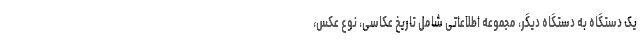
یک دستگاه به دستگاه دیگر، مجموعه اطلاعاتی شامل تاریخ عکاسی، نوع عکس،